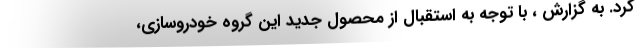
کرد. به گزارش ، با توجه به استقبال از محصول جدید این گروه خودروسازی،